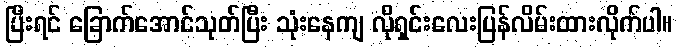
ပြီးရင် ခြောက်အောင်သုတ်ပြီး သုံးနေကျ လိုရှင်းလေးပြန်လိမ်းထားလိုက်ပါ။